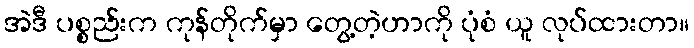
အဲဒီ ပစ္စည်းက ကုန်တိုက်မှာ တွေ့တဲ့ဟာကို ပုံစံ ယူ လုပ်ထားတာ။